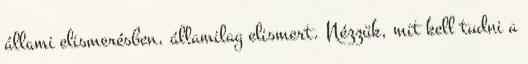
állami elismerésben, államilag elismert. Nézzük, mit kell tudni a